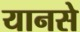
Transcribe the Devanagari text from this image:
यानसे